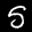
Label: 5